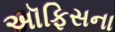
અૉફિસના